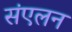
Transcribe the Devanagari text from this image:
संंएलन